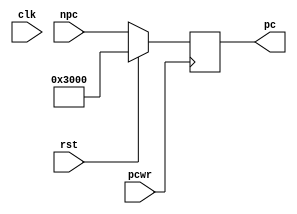
/* 
    PC 
    PC  0x0000_3000 
*/
`timescale 1ns / 1ns
module PC(	
			input [31:0] npc,		//NextPC
         input pcwr,             //PC
			input clk,				//; now EMPTY WIRE
			input rst,			    //
			output reg [31:0] pc	//
		);
		
    parameter base_address = 32'h0000_3000;
	initial
		begin
			pc <= base_address-1;		//PC0x0000_3000
		end
		
//	always@(posedge clk)
//	begin
//        if (pcwr)          //1NPCPC
//        begin
//            if (rst) 
//                pc <= base_address;//PC0x0000_3000
//				else if (clk)
//                pc <= npc;
//        end
//	end

	always@(posedge pcwr)
	begin
            if (rst) 
                pc <= base_address;//PC0x0000_3000
				else
                pc <= npc;
	end
	
endmodule